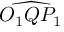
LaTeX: \widehat { O _ { 1 } Q P _ { 1 } }